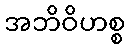
အဘိဝိဟစ္စ